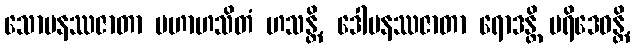
သောမနဿဇာတာ မဟာဟသိတံ ဟသန္တိ, ဒေါမနဿဇာတာ ရောဒန္တိ ပရိဒေဝန္တိ,